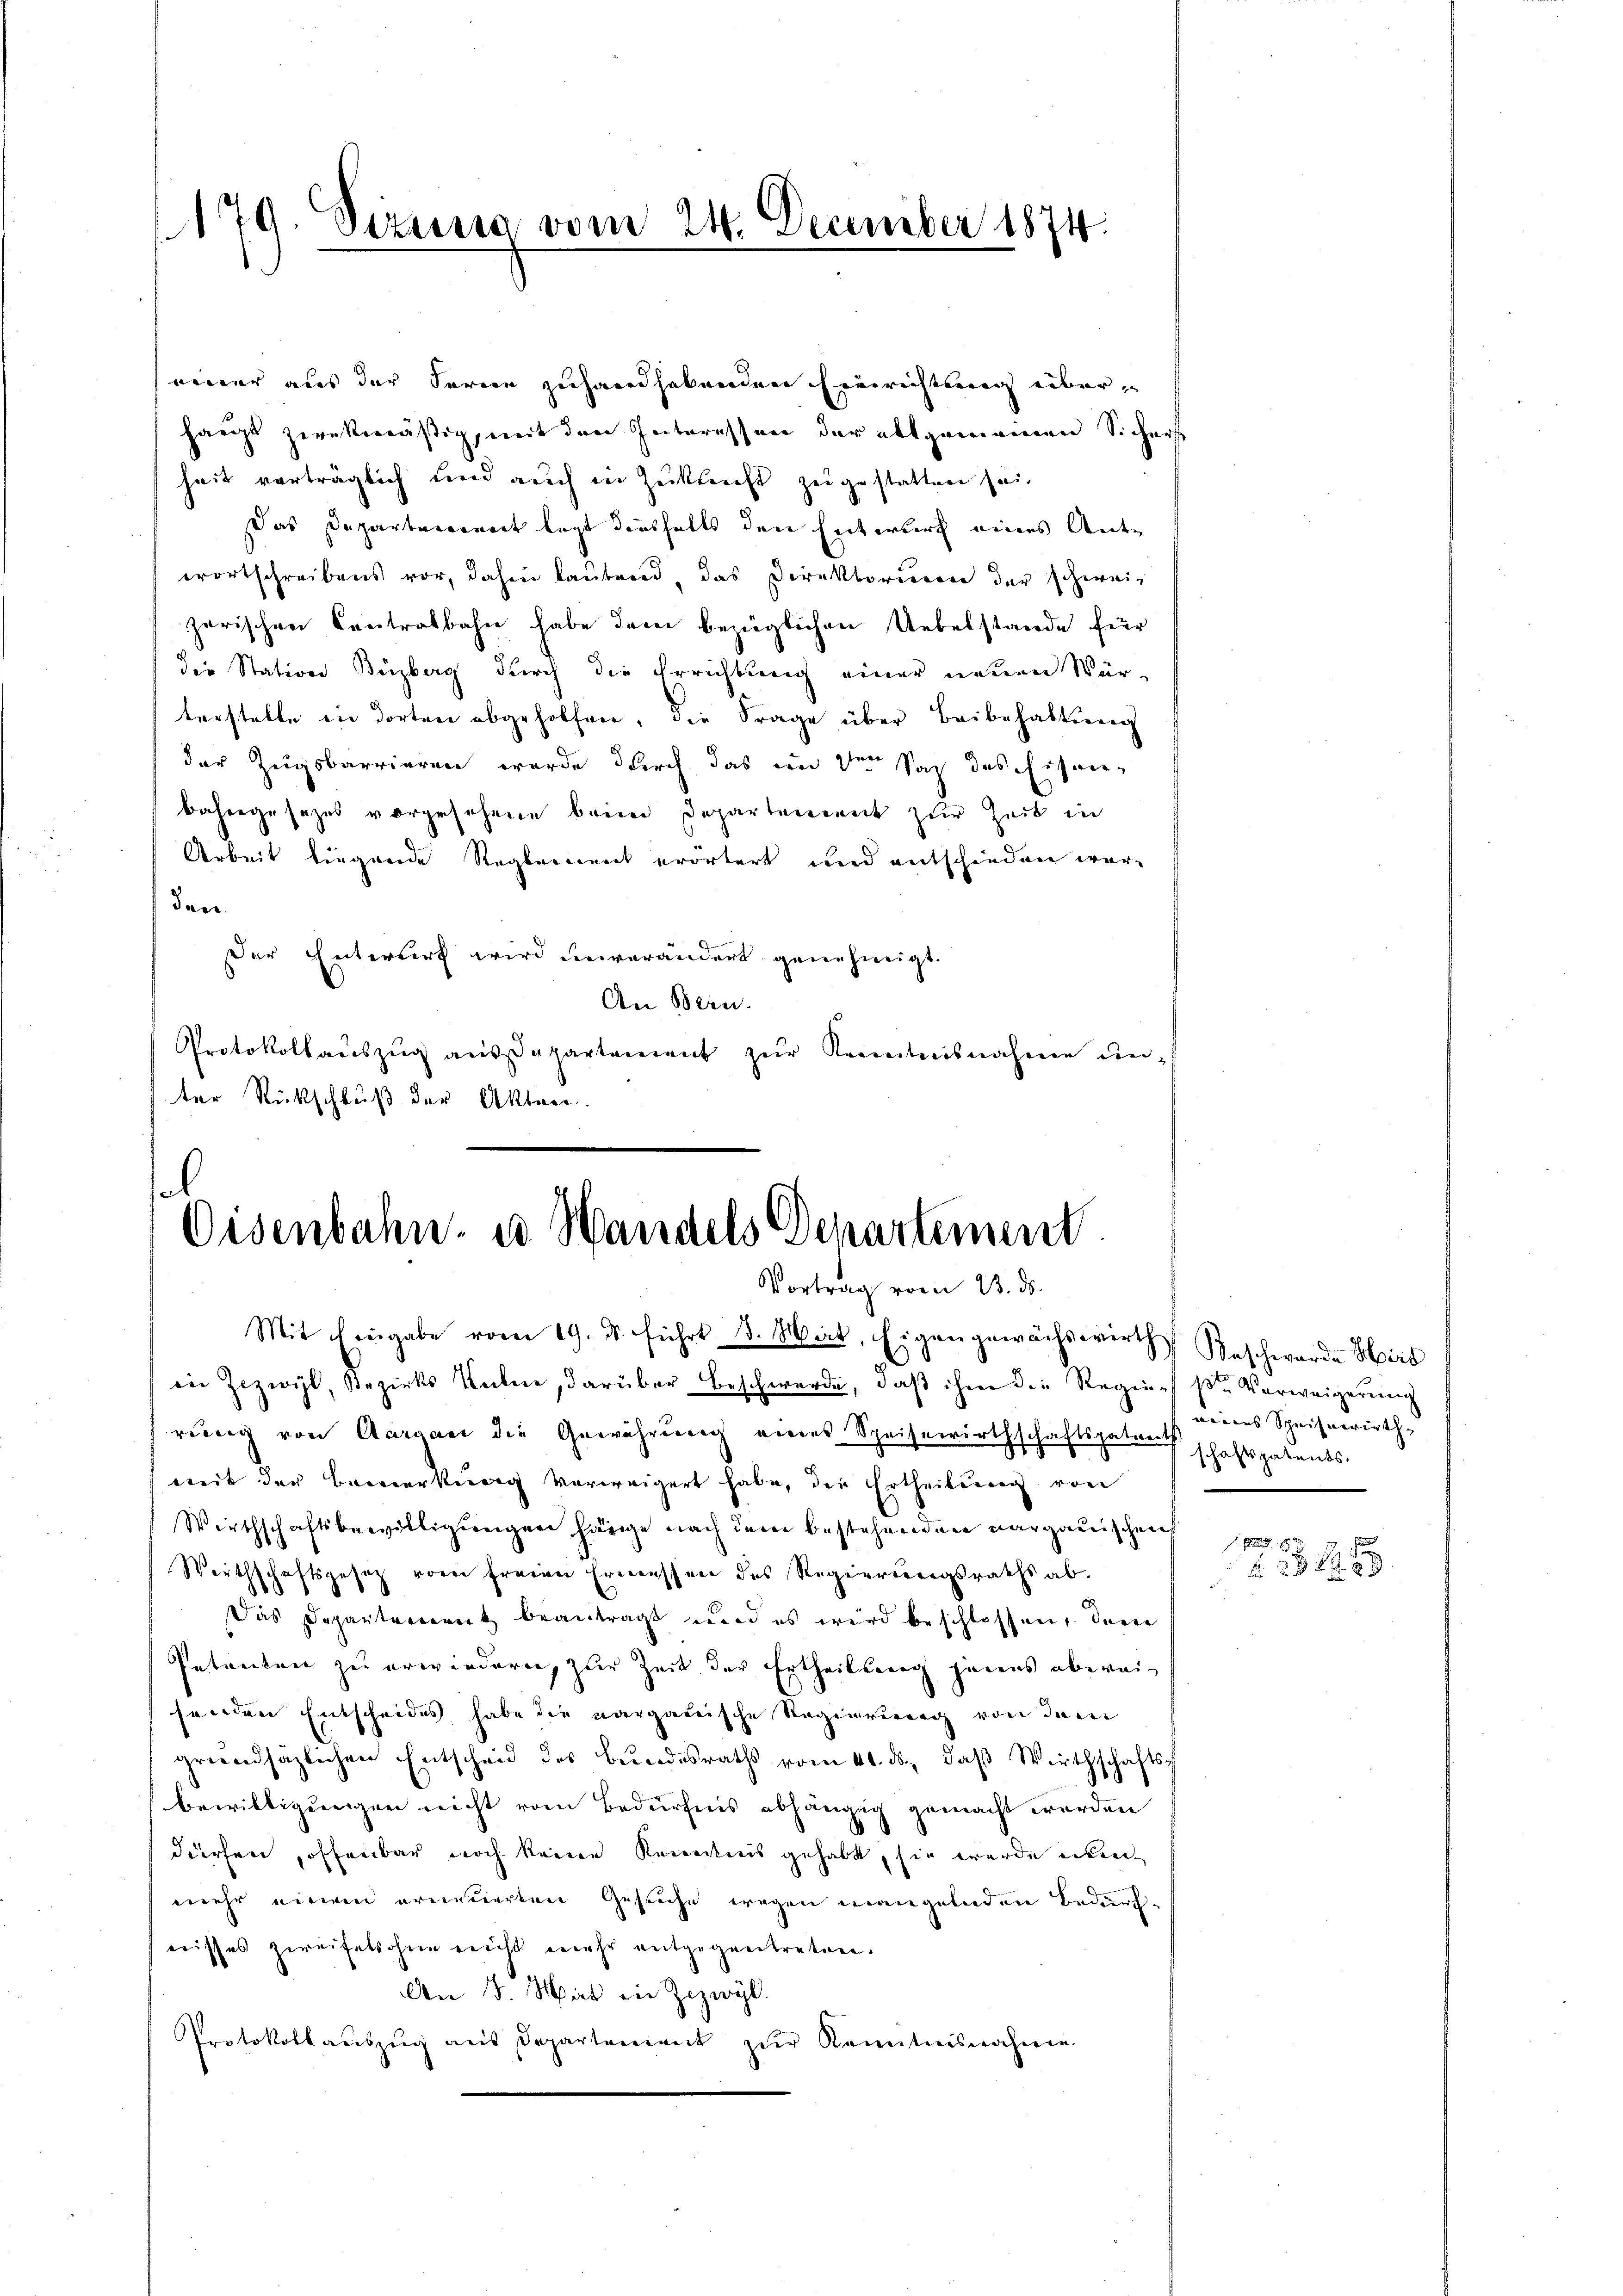
179. Sizung vom 24. December 1874.

einer aus der Ferien zuhandhabenden Einrichtung überhaupt zwekmäßig, mit den Interessen der allgemeinen Sichers
heit verträglich sind auch in Zukunft zugestatten sei.
Das Departeienort legt diesfalls den Entwurf eines Antwortschreibens vor, dahin lautend, das Direktorieren der schweizerischen Contralbahn habe dem bezüglichen Uebelstande für
die Station Buzberg durch die Errichtung einer neuen Würterstelle in dorten abgeholfen, die Frage über Beibehaltung
der Zugsbarrieren wurde durch das im 3ten Sei des Eisen-
bahngesezes vorgesehene beim Departement zur Zeit in
Arbeit liegende Reglement erörtert und entschieden wäre
dan
Der Entwurf wird unverändert genehmigt.
An Bern.
Protokollaŭszŭg aŭsdepartement zŭr Kenntnisnahme un-
ter Rückschluß der Akten.

sol
Oisenbahn, es Handels Departement
Vortrag vom 23. ds.

Mit Eingabe vom 19. d. führt d. Wat, Eigen gewächswirth Beschwarde Hirs
iin Zizivil, Bezirks Kuhne, darüber Beschwerde, daß ihme die Regien sr Verweigerung
rung von Aargau die Gewährung eines Speisewirthschaftspaten schaftspatents.
mit der Bemerkung verweigert habe, die Ertheilung von
Wirthschaftsbewilligŭngen hänge nach dem bestehenden aargauischen
Wirthschaftsgesetz vom freien Ermessen des Regierungsraths ab.
c
Das Departement beantragt wird es wird beschlossen, den
Patenten zu erwiedern, zur Zeit der Ertheilung jenens abweisenden Entscheides habe die aargauische Regierung von dem
grŭndsätzlichen Entscheid des Bŭndesraths vom 11. ds., daβ Wirthschafts
bewilligungen nicht vom Bedürfnis abhängig gemacht werden
dürfen, offenbar noch keine Revertreis gehabt, sie werde erkennt
mehr einem erneuerten Gesuche wegen mangelnden Bedürfnisses zweifelsohne nicht mehr entgegentreten.
An 3. Mir ein Zizwyl.
Protokollauszug aus Departement zur Kenntnisnahme

werens Scheisewirth

f 6 x